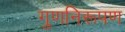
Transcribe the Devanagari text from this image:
गुणनिरूपण